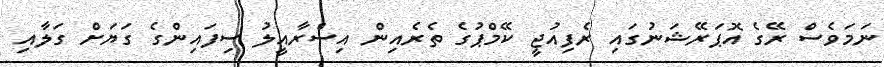
ނަމަވެސް ރޭގެ އޮޕަރޭޝަނުގައި ރެފިއުޖީ ކޭމްޕުގެ ތެރެއިން އިސްރާއީލު ސިފައިންގެ ގަޔަށް ގަލާއި